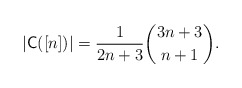
\begin{align*}|\mathsf{C}([n])| = \dfrac{1}{2n+3} \binom{3n+3}{n+1}.\end{align*}